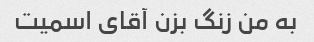
به من زنگ بزن آقای اسمیت